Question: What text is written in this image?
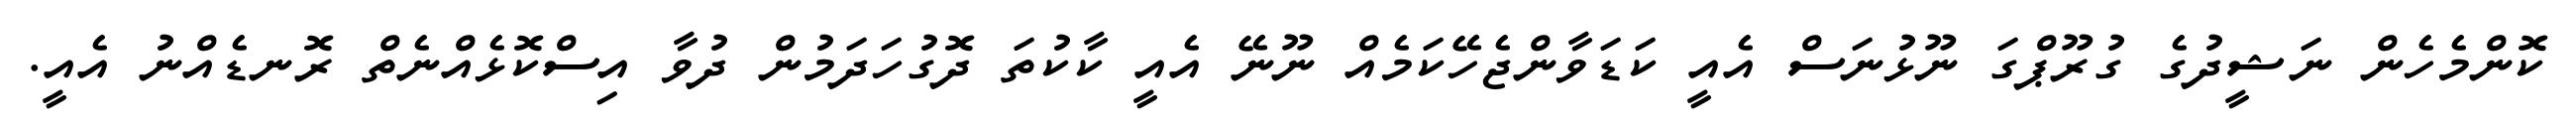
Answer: ކޮންމެހެން ނަޝީދުގެ ގުރޫޕްގަ ނޫޅުނަސް އެއީ ކަޑަވާންޖެހޭކަމެއް ނޫނޭ އެއީ ކާކުތަ ދޮގުހަދަމުން ދުވާ އިސްކޮޅެއްނެތް ރޮނޑެއްނު އެއީ.